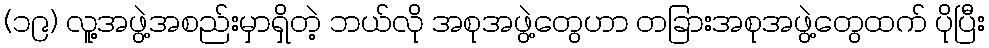
(၁၉) လူ့အဖွဲ့အစည်းမှာရှိတဲ့ ဘယ်လို အစုအဖွဲ့တွေဟာ တခြားအစုအဖွဲ့တွေထက် ပိုပြီး